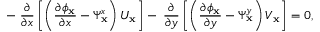
- \; \frac { \partial } { \partial x } \left[ \left( \frac { \partial \phi _ { \mathbf { x } } } { \partial x } - \Psi _ { \mathbf { x } } ^ { x } \right) U _ { \mathbf { x } } \right] - \; \frac { \partial } { \partial y } \left[ \left( \frac { \partial \phi _ { \mathbf { x } } } { \partial y } - \Psi _ { \mathbf { x } } ^ { y } \right) V _ { \mathbf { x } } \right] = 0 ,